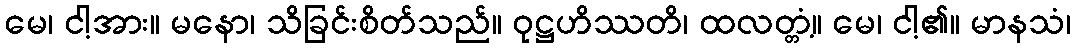
မေ၊ ငါ့အား။ မနော၊ သိခြင်းစိတ်သည်။ ဝုဋ္ဌဟိဿတိ၊ ထလတ္တံ့။ မေ၊ ငါ့၏။ မာနသံ၊